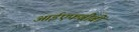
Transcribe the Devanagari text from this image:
आईएफबीबी